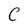
Character: c